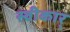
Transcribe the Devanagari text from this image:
स्वीकार्